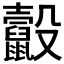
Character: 𪕸